Report on vaccination in the Province of Bengal - 1874-1889
Year: 1874
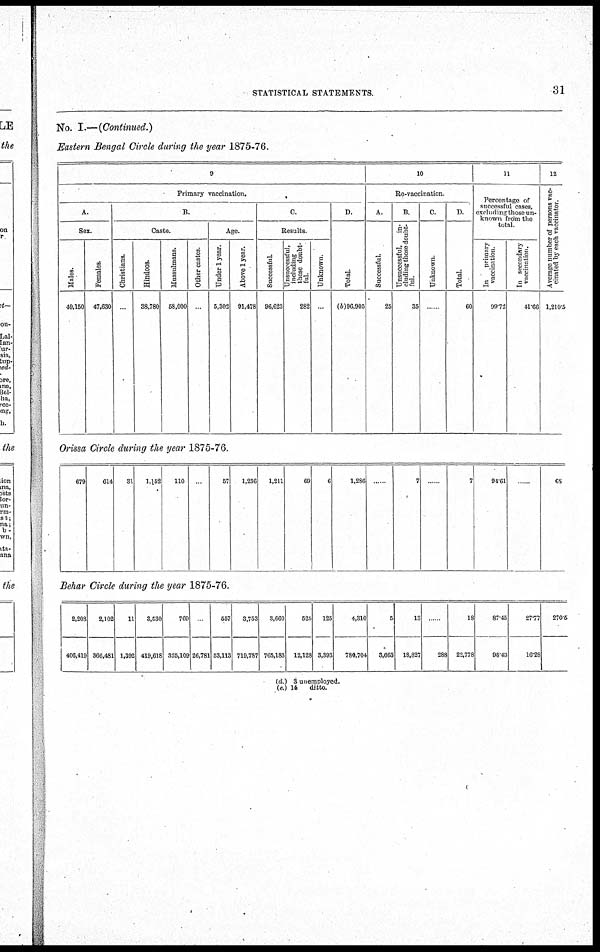
STATISTICAL STATEMENTS.
31
No. I.—(Continued.)
Eastern Bengal Circle during the year 1875-76.
9
Primary vaccination.
A.
Sex.
Males.
49,150
Females.
47,630
B.
Caste.
Christians.
..
Hindoos.
38,780
Mussulmans.
58,000
Other castes.
...
Age.
Under 1 year.
5,302
Above 1 year.
91,478
C
Results.
Successful.
96,623
Unsuccessful,
including
those doubt-
ful.
282
Unknown.
...
D.
Total.
(b)96,905
10
Re-vaccination.
A.
Successful.
25
B.
Unsuccessful,
in-
cluding those doubt-
ful.
35
C.
Unknown.
...
D.
Total.
60
11
Percentage of
successful cases,
excluding those un-
known from the
total
In
primary
vaccination
99.72
In secondary
vaccination.
41.66
12
Average number of persons vac-
cinated by each vaccinator.
1,210.5
Orissa Circle during the year 1875-76.
679
614
31
1,152
110
..
57
1,236
1,211
69
6
1,286
...
7
.....
7
94.61
...
68
Behar Circle during the year 1875-76.
2,208
406,419
2,102
366,481
11
1,392
3,530
419,618
769
325,109 26,781
557
53,113
3,753
719,787
3,660
765,183
525
12,128
125
3,393
4,310
780,704
5
3,663
13
18,827
...
288
18
22,778
87.45
98.43
27.77
16.28
270.5
(d.) 3 unemployed.
(e.) 14
ditto.